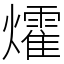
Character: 㸌